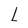
Character: L